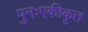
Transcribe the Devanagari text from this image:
पुनःएकीकृत